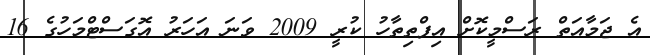
އެ ޖަމާއަތް ރަސްމީކޮށް އިފްތިތާހު ކުރީ 2009 ވަނަ އަހަރު އޮގަސްޓްމަހުގެ 16